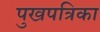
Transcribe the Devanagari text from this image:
पुखपत्रिका